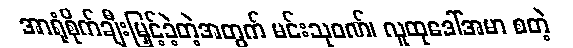
အာရုံစိုက်ချီးမြှင့်ခဲ့တဲ့အတွက် မင်းသုဝဏ်၊ လူထုဒေါ်အမာ စတဲ့